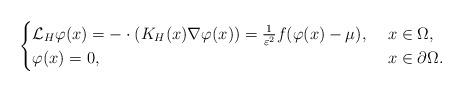
LaTeX: \begin{align*}\begin{cases}\mathcal{L}_H\varphi(x)=-\cdot(K_H(x)\nabla\varphi(x))=\frac{1}{\varepsilon^2}f(\varphi(x)-\mu),\ &x\in \Omega,\\\varphi(x)=0,\ &x\in \partial \Omega.\end{cases}\end{align*}